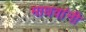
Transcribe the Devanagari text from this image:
माधवांनी